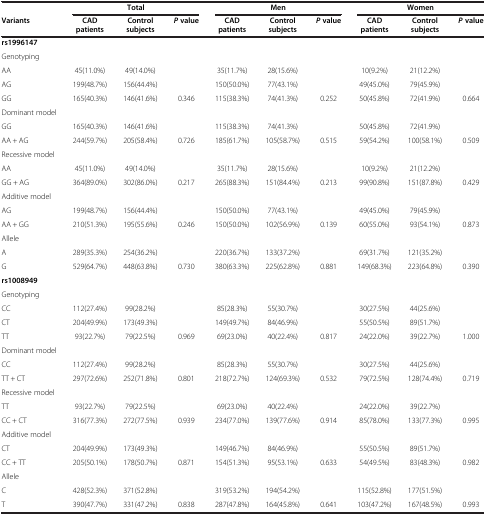
<table><thead><tr><td><b> </b></td><td colspan="3"><b>Total</b></td><td colspan="3"><b>Men</b></td><td colspan="3"><b>Women</b></td></tr><tr><td><b>Variants</b></td><td><b>CAD patients</b></td><td><b>Control subjects</b></td><td><b><i>P </i>value</b></td><td><b>CAD patients</b></td><td><b>Control subjects</b></td><td><b><i>P </i>value</b></td><td><b>CAD patients</b></td><td><b>Control subjects</b></td><td><b><i>P </i>value</b></td></tr></thead><tbody><tr><td><b>rs1996147</b></td><td> </td><td> </td><td> </td><td> </td><td> </td><td> </td><td> </td><td> </td><td> </td></tr><tr><td>Genotyping</td><td> </td><td> </td><td> </td><td> </td><td> </td><td> </td><td> </td><td> </td><td> </td></tr><tr><td>AA</td><td>45(11.0%)</td><td>49(14.0%)</td><td> </td><td>35(11.7%)</td><td>28(15.6%)</td><td> </td><td>10(9.2%)</td><td>21(12.2%)</td><td> </td></tr><tr><td>AG</td><td>199(48.7%)</td><td>156(44.4%)</td><td> </td><td>150(50.0%)</td><td>77(43.1%)</td><td> </td><td>49(45.0%)</td><td>79(45.9%)</td><td> </td></tr><tr><td>GG</td><td>165(40.3%)</td><td>146(41.6%)</td><td>0.346</td><td>115(38.3%)</td><td>74(41.3%)</td><td>0.252</td><td>50(45.8%)</td><td>72(41.9%)</td><td>0.664</td></tr><tr><td>Dominant model</td><td> </td><td> </td><td> </td><td> </td><td> </td><td> </td><td> </td><td> </td><td> </td></tr><tr><td>GG</td><td>165(40.3%)</td><td>146(41.6%)</td><td> </td><td>115(38.3%)</td><td>74(41.3%)</td><td> </td><td>50(45.8%)</td><td>72(41.9%)</td><td> </td></tr><tr><td>AA + AG</td><td>244(59.7%)</td><td>205(58.4%)</td><td>0.726</td><td>185(61.7%)</td><td>105(58.7%)</td><td>0.515</td><td>59(54.2%)</td><td>100(58.1%)</td><td>0.509</td></tr><tr><td>Recessive model</td><td> </td><td> </td><td> </td><td> </td><td> </td><td> </td><td> </td><td> </td><td> </td></tr><tr><td>AA</td><td>45(11.0%)</td><td>49(14.0%)</td><td> </td><td>35(11.7%)</td><td>28(15.6%)</td><td> </td><td>10(9.2%)</td><td>21(12.2%)</td><td> </td></tr><tr><td>GG + AG</td><td>364(89.0%)</td><td>302(86.0%)</td><td>0.217</td><td>265(88.3%)</td><td>151(84.4%)</td><td>0.213</td><td>99(90.8%)</td><td>151(87.8%)</td><td>0.429</td></tr><tr><td>Additive model</td><td> </td><td> </td><td> </td><td> </td><td> </td><td> </td><td> </td><td> </td><td> </td></tr><tr><td>AG</td><td>199(48.7%)</td><td>156(44.4%)</td><td> </td><td>150(50.0%)</td><td>77(43.1%)</td><td> </td><td>49(45.0%)</td><td>79(45.9%)</td><td> </td></tr><tr><td>AA + GG</td><td>210(51.3%)</td><td>195(55.6%)</td><td>0.246</td><td>150(50.0%)</td><td>102(56.9%)</td><td>0.139</td><td>60(55.0%)</td><td>93(54.1%)</td><td>0.873</td></tr><tr><td>Allele</td><td> </td><td> </td><td> </td><td> </td><td> </td><td> </td><td> </td><td> </td><td> </td></tr><tr><td>A</td><td>289(35.3%)</td><td>254(36.2%)</td><td> </td><td>220(36.7%)</td><td>133(37.2%)</td><td> </td><td>69(31.7%)</td><td>121(35.2%)</td><td> </td></tr><tr><td>G</td><td>529(64.7%)</td><td>448(63.8%)</td><td>0.730</td><td>380(63.3%)</td><td>225(62.8%)</td><td>0.881</td><td>149(68.3%)</td><td>223(64.8%)</td><td>0.390</td></tr><tr><td><b>rs1008949</b></td><td> </td><td> </td><td> </td><td> </td><td> </td><td> </td><td> </td><td> </td><td> </td></tr><tr><td>Genotyping</td><td> </td><td> </td><td> </td><td> </td><td> </td><td> </td><td> </td><td> </td><td> </td></tr><tr><td>CC</td><td>112(27.4%)</td><td>99(28.2%)</td><td> </td><td>85(28.3%)</td><td>55(30.7%)</td><td> </td><td>30(27.5%)</td><td>44(25.6%)</td><td> </td></tr><tr><td>CT</td><td>204(49.9%)</td><td>173(49.3%)</td><td> </td><td>149(49.7%)</td><td>84(46.9%)</td><td> </td><td>55(50.5%)</td><td>89(51.7%)</td><td> </td></tr><tr><td>TT</td><td>93(22.7%)</td><td>79(22.5%)</td><td>0.969</td><td>69(23.0%)</td><td>40(22.4%)</td><td>0.817</td><td>24(22.0%)</td><td>39(22.7%)</td><td>1.000</td></tr><tr><td>Dominant model</td><td> </td><td> </td><td> </td><td> </td><td> </td><td> </td><td> </td><td> </td><td> </td></tr><tr><td>CC</td><td>112(27.4%)</td><td>99(28.2%)</td><td> </td><td>85(28.3%)</td><td>55(30.7%)</td><td> </td><td>30(27.5%)</td><td>44(25.6%)</td><td> </td></tr><tr><td>TT + CT</td><td>297(72.6%)</td><td>252(71.8%)</td><td>0.801</td><td>218(72.7%)</td><td>124(69.3%)</td><td>0.532</td><td>79(72.5%)</td><td>128(74.4%)</td><td>0.719</td></tr><tr><td>Recessive model</td><td> </td><td> </td><td> </td><td> </td><td> </td><td> </td><td> </td><td> </td><td> </td></tr><tr><td>TT</td><td>93(22.7%)</td><td>79(22.5%)</td><td> </td><td>69(23.0%)</td><td>40(22.4%)</td><td> </td><td>24(22.0%)</td><td>39(22.7%)</td><td> </td></tr><tr><td>CC + CT</td><td>316(77.3%)</td><td>272(77.5%)</td><td>0.939</td><td>234(77.0%)</td><td>139(77.6%)</td><td>0.914</td><td>85(78.0%)</td><td>133(77.3%)</td><td>0.995</td></tr><tr><td>Additive model</td><td> </td><td> </td><td> </td><td> </td><td> </td><td> </td><td> </td><td> </td><td> </td></tr><tr><td>CT</td><td>204(49.9%)</td><td>173(49.3%)</td><td> </td><td>149(46.7%)</td><td>84(46.9%)</td><td> </td><td>55(50.5%)</td><td>89(51.7%)</td><td> </td></tr><tr><td>CC + TT</td><td>205(50.1%)</td><td>178(50.7%)</td><td>0.871</td><td>154(51.3%)</td><td>95(53.1%)</td><td>0.633</td><td>54(49.5%)</td><td>83(48.3%)</td><td>0.982</td></tr><tr><td>Allele</td><td> </td><td> </td><td> </td><td> </td><td> </td><td> </td><td> </td><td> </td><td> </td></tr><tr><td>C</td><td>428(52.3%)</td><td>371(52.8%)</td><td> </td><td>319(53.2%)</td><td>194(54.2%)</td><td> </td><td>115(52.8%)</td><td>177(51.5%)</td><td> </td></tr><tr><td>T</td><td>390(47.7%)</td><td>331(47.2%)</td><td>0.838</td><td>287(47.8%)</td><td>164(45.8%)</td><td>0.641</td><td>103(47.2%)</td><td>167(48.5%)</td><td>0.993</td></tr></tbody></table>